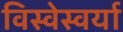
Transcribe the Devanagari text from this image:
विस्वेस्वर्या